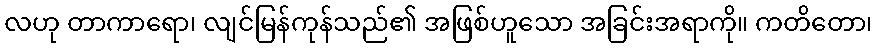
လဟု တာကာရော၊ လျင်မြန်ကုန်သည်၏ အဖြစ်ဟူသော အခြင်းအရာကို။ ကတိတော၊